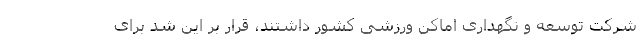
شرکت توسعه و نگهداری اماکن ورزشی کشور داشتند، قرار بر این شد برای